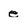
Character: e